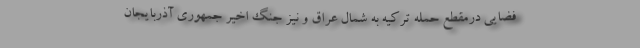
فضایی درمقطع حمله ترکیه به شمال عراق و نیز جنگ اخیر جمهوری آذربایجان